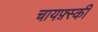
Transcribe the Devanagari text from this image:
चायफ़्स्की